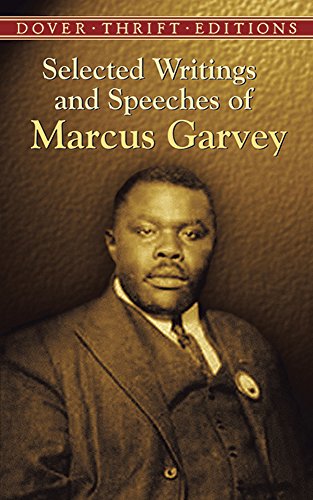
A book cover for Selected Writings and Speeches of Marcus Garvey (Dover Thrift Editions); Marcus Garvey; Literature & Fiction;